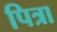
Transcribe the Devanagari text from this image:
पित्रा